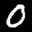
Label: 0